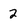
Character: 2